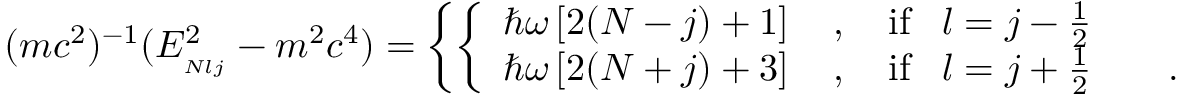
( m c ^ { 2 } ) ^ { - 1 } ( E _ { _ { N l j } } ^ { 2 } - m ^ { 2 } c ^ { 4 } ) = \left\{ \left\{ \begin{array} { l l } { { \hbar \omega \left[ 2 ( N - j ) + 1 \right] \quad , \quad \mathrm { i f } \, \, \, \, \, l = j - { \frac { 1 } { 2 } } } } & { { } } \\ { { \hbar \omega \left[ 2 ( N + j ) + 3 \right] \quad , \quad \mathrm { i f } \, \, \, \, \, l = j + { \frac { 1 } { 2 } } } } & { { \quad . } } \end{array} \right. \right.